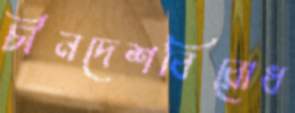
চীনদেশবিরোধ